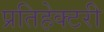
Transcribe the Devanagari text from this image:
प्रतिहेक्टरी